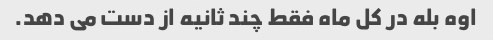
اوه بله در کل ماه فقط چند ثانیه از دست می دهد.